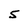
Character: 5